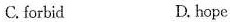
C. forlidD. hopc